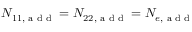
N _ { 1 1 , { \textrm { a d d } } } = N _ { 2 2 , { \textrm { a d d } } } = N _ { e , { \textrm { a d d } } }